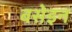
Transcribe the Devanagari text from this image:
बसेइन